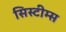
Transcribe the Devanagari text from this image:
सिस्टीम्स